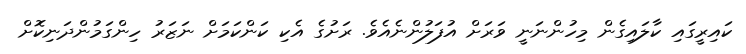
ކައިރީގައި ކާލައިގެން މިހުންނަނީ ވަރަށް އުފަލުންނެއެވެ. ރަށުގެ އެކި ކަންކަމަށް ނަޒަރު ހިންގަމުންދަނިކޮށް